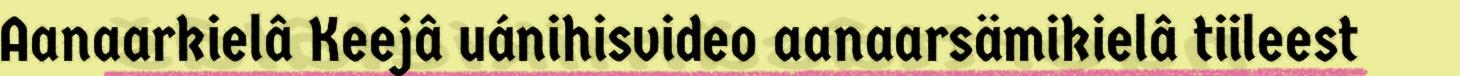
Aanaarkielâ Keejâ uánihisvideo aanaarsämikielâ tiileest